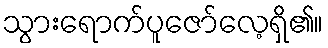
သွားရောက်ပူဇော်လေ့ရှိ၏။